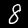
Digit: 8